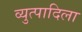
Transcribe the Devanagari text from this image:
व्युत्पादिला